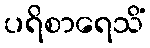
ပရိစာရေသိံ